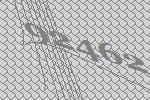
92462